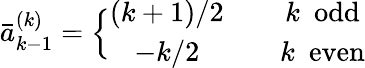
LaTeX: \bar{a}_{k-1}^{(k)}=\Big\{ \begin{array}{ccc}{{(k+1)/2}}&{{}}&{{k\mathrm{~~odd}}}\\ {{-k/2}}&{{}}&{{k\mathrm{~~even}}}\end{array}